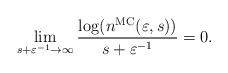
\begin{align*}\lim_{s+\varepsilon^{-1}\to\infty}\frac{\log(n^{\mathrm{MC}}(\varepsilon,s))}{s+\varepsilon^{-1}}=0.\end{align*}